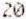
20